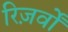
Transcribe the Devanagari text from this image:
रिज़र्वों